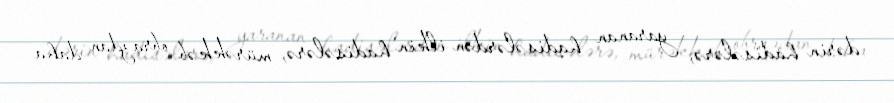
dərin hadisələrə, yaranan hadisələrdən ilkin hadisələrə, mürəkkəb obrazdan daha